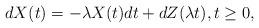
LaTeX: \begin{align*}dX(t)=-\lambda X(t) dt +dZ(\lambda t),t\ge 0,\end{align*}